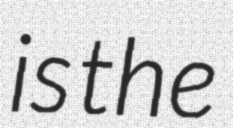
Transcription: is the